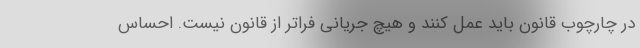
در چارچوب قانون باید عمل کنند و هیچ جریانی فراتر از قانون نیست. احساس